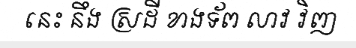
នេះ នឹង ស្រដី ខាងទ័ព លាវ វិញ